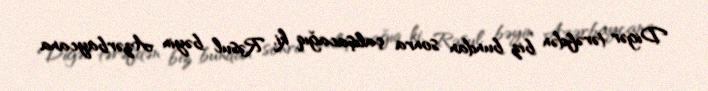
Digər tərəfdən biz bundan sonra çalışacağıq ki, Rəsul bəyin Azərbaycana